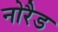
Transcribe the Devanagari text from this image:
नोरैड